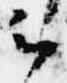
云